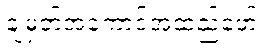
ချမှတ်အကောင်အထည်ဖော်